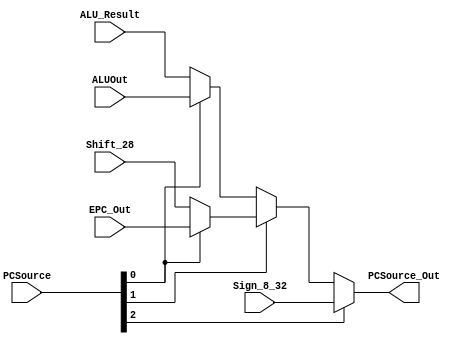
module mux_PCSrc (
    input  wire [2:0]  PCSource,
    input  wire [31:0] ALU_Result,
    input  wire [31:0] ALUOut,
    input  wire [31:0] Shift_28,
    input  wire [31:0] EPC_Out,
    input  wire [31:0] Sign_8_32,
    output wire [31:0] PCSource_Out
);

//   input 0 (000): ALU Result
//   input 1 (001): ALUOut
//   input 2 (010): Shift left 2 26_28
//   input 3 (011): EPC out
//   input 4 (100): Sign extend 8_32

    wire [31:0] aux1;
    wire [31:0] aux2;
    wire [31:0] aux3;

    assign aux1 = (PCSource[0]) ? ALUOut : ALU_Result;
    assign aux2 = (PCSource[0]) ? EPC_Out : Shift_28;
    assign aux3 = (PCSource[1]) ? aux2 : aux1;

    assign PCSource_Out = (PCSource[2]) ? Sign_8_32 : aux3;

endmodule